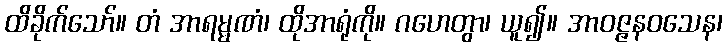
ထိခိုက်သော်။ တံ အာရမ္မဏံ၊ ထိုအာရုံကို။ ဂဟေတွာ၊ ယူ၍။ အာဝဇ္ဇနဝသေန၊